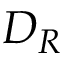
D _ { R }